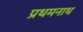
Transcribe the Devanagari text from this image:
प्रथमनाथ